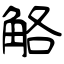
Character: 觡